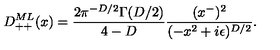
D _ { + + } ^ { M L } ( x ) = { \frac { 2 \pi ^ { - D / 2 } \Gamma ( D / 2 ) } { 4 - D } } { \frac { ( x ^ { - } ) ^ { 2 } } { ( - x ^ { 2 } + i \epsilon ) ^ { D / 2 } } } .